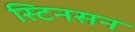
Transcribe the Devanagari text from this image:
स्टिनसन